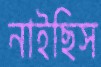
নাইছিস